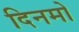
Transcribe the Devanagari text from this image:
दिनमो